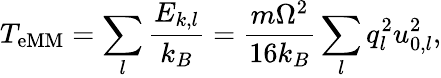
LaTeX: T_{\mathrm{eMM}}=\sum_{l}\frac{E_{k,l}}{k_{B}}=\frac{m\Omega^{2}}{16k_{B}}\sum_{l}q_{l}^{2}u_{0,l}^{2},